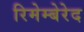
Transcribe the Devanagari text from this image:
रिमेम्बेरेद